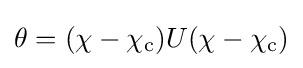
\theta =(\chi -\chi _{\text{c}})U(\chi -\chi _{\text{c}})